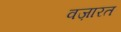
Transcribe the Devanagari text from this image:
वज़ारत